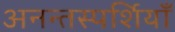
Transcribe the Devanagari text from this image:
अनन्तस्पर्शियाँ